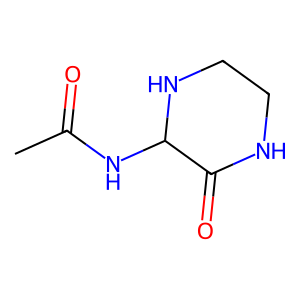
SMILES: CC(=O)NC1NCCNC1=O
Inhibits HIV replication: No